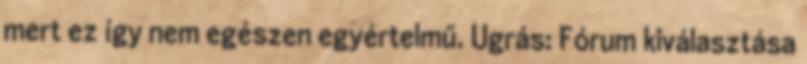
mert ez így nem egészen egyértelmű. Ugrás: Fórum kiválasztása